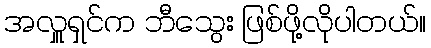
အလှူရှင်က ဘီသွေး ဖြစ်ဖို့လိုပါတယ်။